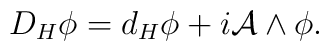
D_H \phi =d_H \phi +i{\mathcal A}\wedge \phi.